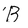
Character: B